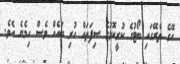
އޭގެ ތެރޭގައި ބޯޓުގެ ކުރީކޮޅުގެ ސިފަތައް ހުރި ބައެއް ވެސް ހިމެނެ އެވެ.